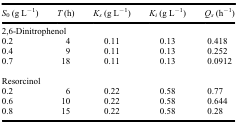
<table><thead><tr><td><b><i>S</i><sub>0</sub> (g L<sup>−1</sup>)</b></td><td><b><i>T</i> (h)</b></td><td><b><i>K<sub>s</sub></i> (g L<sup>−1</sup>)</b></td><td><b><i>K<sub>i</sub></i> (g L<sup>−1</sup>)</b></td><td><b><i>Q<sub>s</sub></i> (h<sup>−1</sup>)</b></td></tr></thead><tbody><tr><td colspan="5">2,6-Dinitrophenol</td></tr><tr><td>0.2</td><td>4</td><td>0.11</td><td>0.13</td><td>0.418</td></tr><tr><td>0.4</td><td>9</td><td>0.11</td><td>0.13</td><td>0.252</td></tr><tr><td>0.7</td><td>18</td><td>0.11</td><td>0.13</td><td>0.0912</td></tr><tr><td> </td><td> </td><td> </td><td> </td><td> </td></tr><tr><td colspan="5">Resorcinol</td></tr><tr><td>0.2</td><td>6</td><td>0.22</td><td>0.58</td><td>0.77</td></tr><tr><td>0.6</td><td>10</td><td>0.22</td><td>0.58</td><td>0.644</td></tr><tr><td>0.8</td><td>15</td><td>0.22</td><td>0.58</td><td>0.28</td></tr></tbody></table>